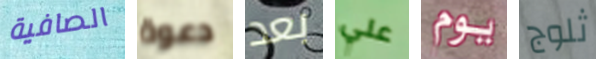
الصافية دعوة بعد علي يوم ثلوج